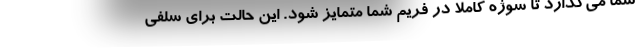
شما می‌گذارد تا سوژه کاملا در فریم شما متمایز شود. این حالت برای سلفی